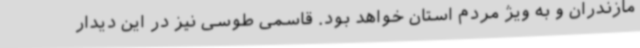
مازندران و به ویژ مردم استان خواهد بود. قاسمی طوسی نیز در این دیدار